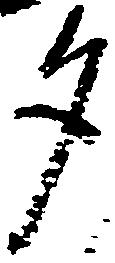
勺